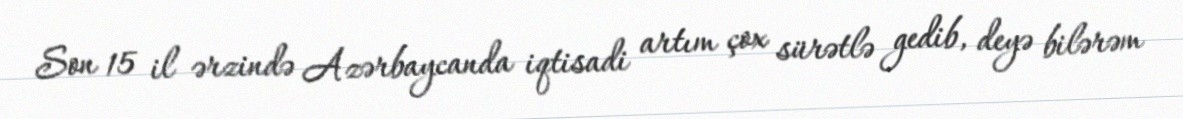
Son 15 il ərzində Azərbaycanda iqtisadi artım çox sürətlə gedib, deyə bilərəm